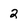
Character: 2